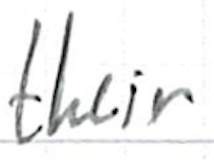
Text: their
Cross-out: clean
Writing tool: ballpoint